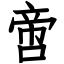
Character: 啻